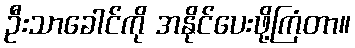
ဦးသာခေါင်ကို အနိုင်ပေးဖို့ကြံတာ။